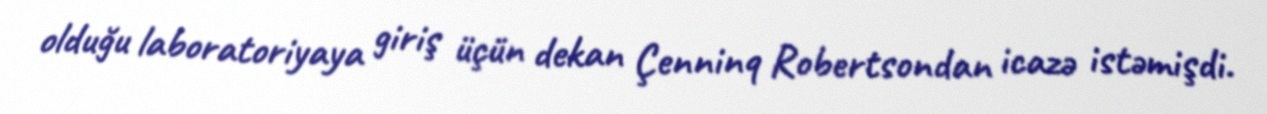
olduğu laboratoriyaya giriş üçün dekan Çenninq Robertsondan icazə istəmişdi.